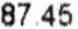
87.45